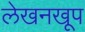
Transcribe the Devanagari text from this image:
लेखनखूप